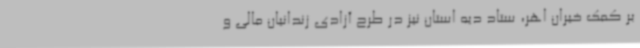
بر کمک خیران اهر، ستاد دیه استان نیز در طرح آزادی زندانیان مالی و